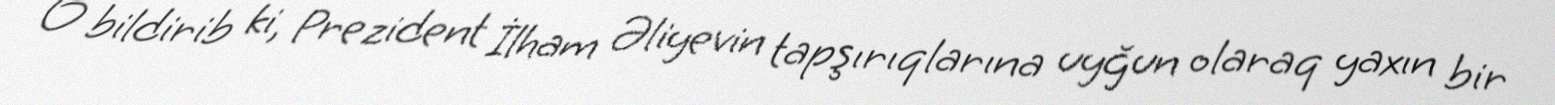
O bildirib ki, Prezident İlham Əliyevin tapşırıqlarına uyğun olaraq yaxın bir